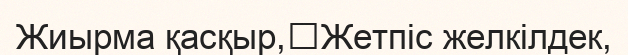
Жиырма қасқыр,	Жетпіс желкілдек,